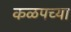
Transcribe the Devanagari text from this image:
कळपच्या